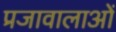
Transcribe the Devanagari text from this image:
प्रजावालाओं